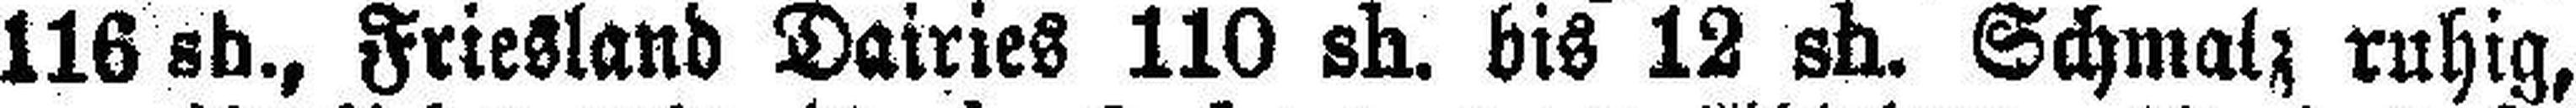
116 sh., Friesland Dairies 110 sh. bis 12 sh. Schmalz ruhig,